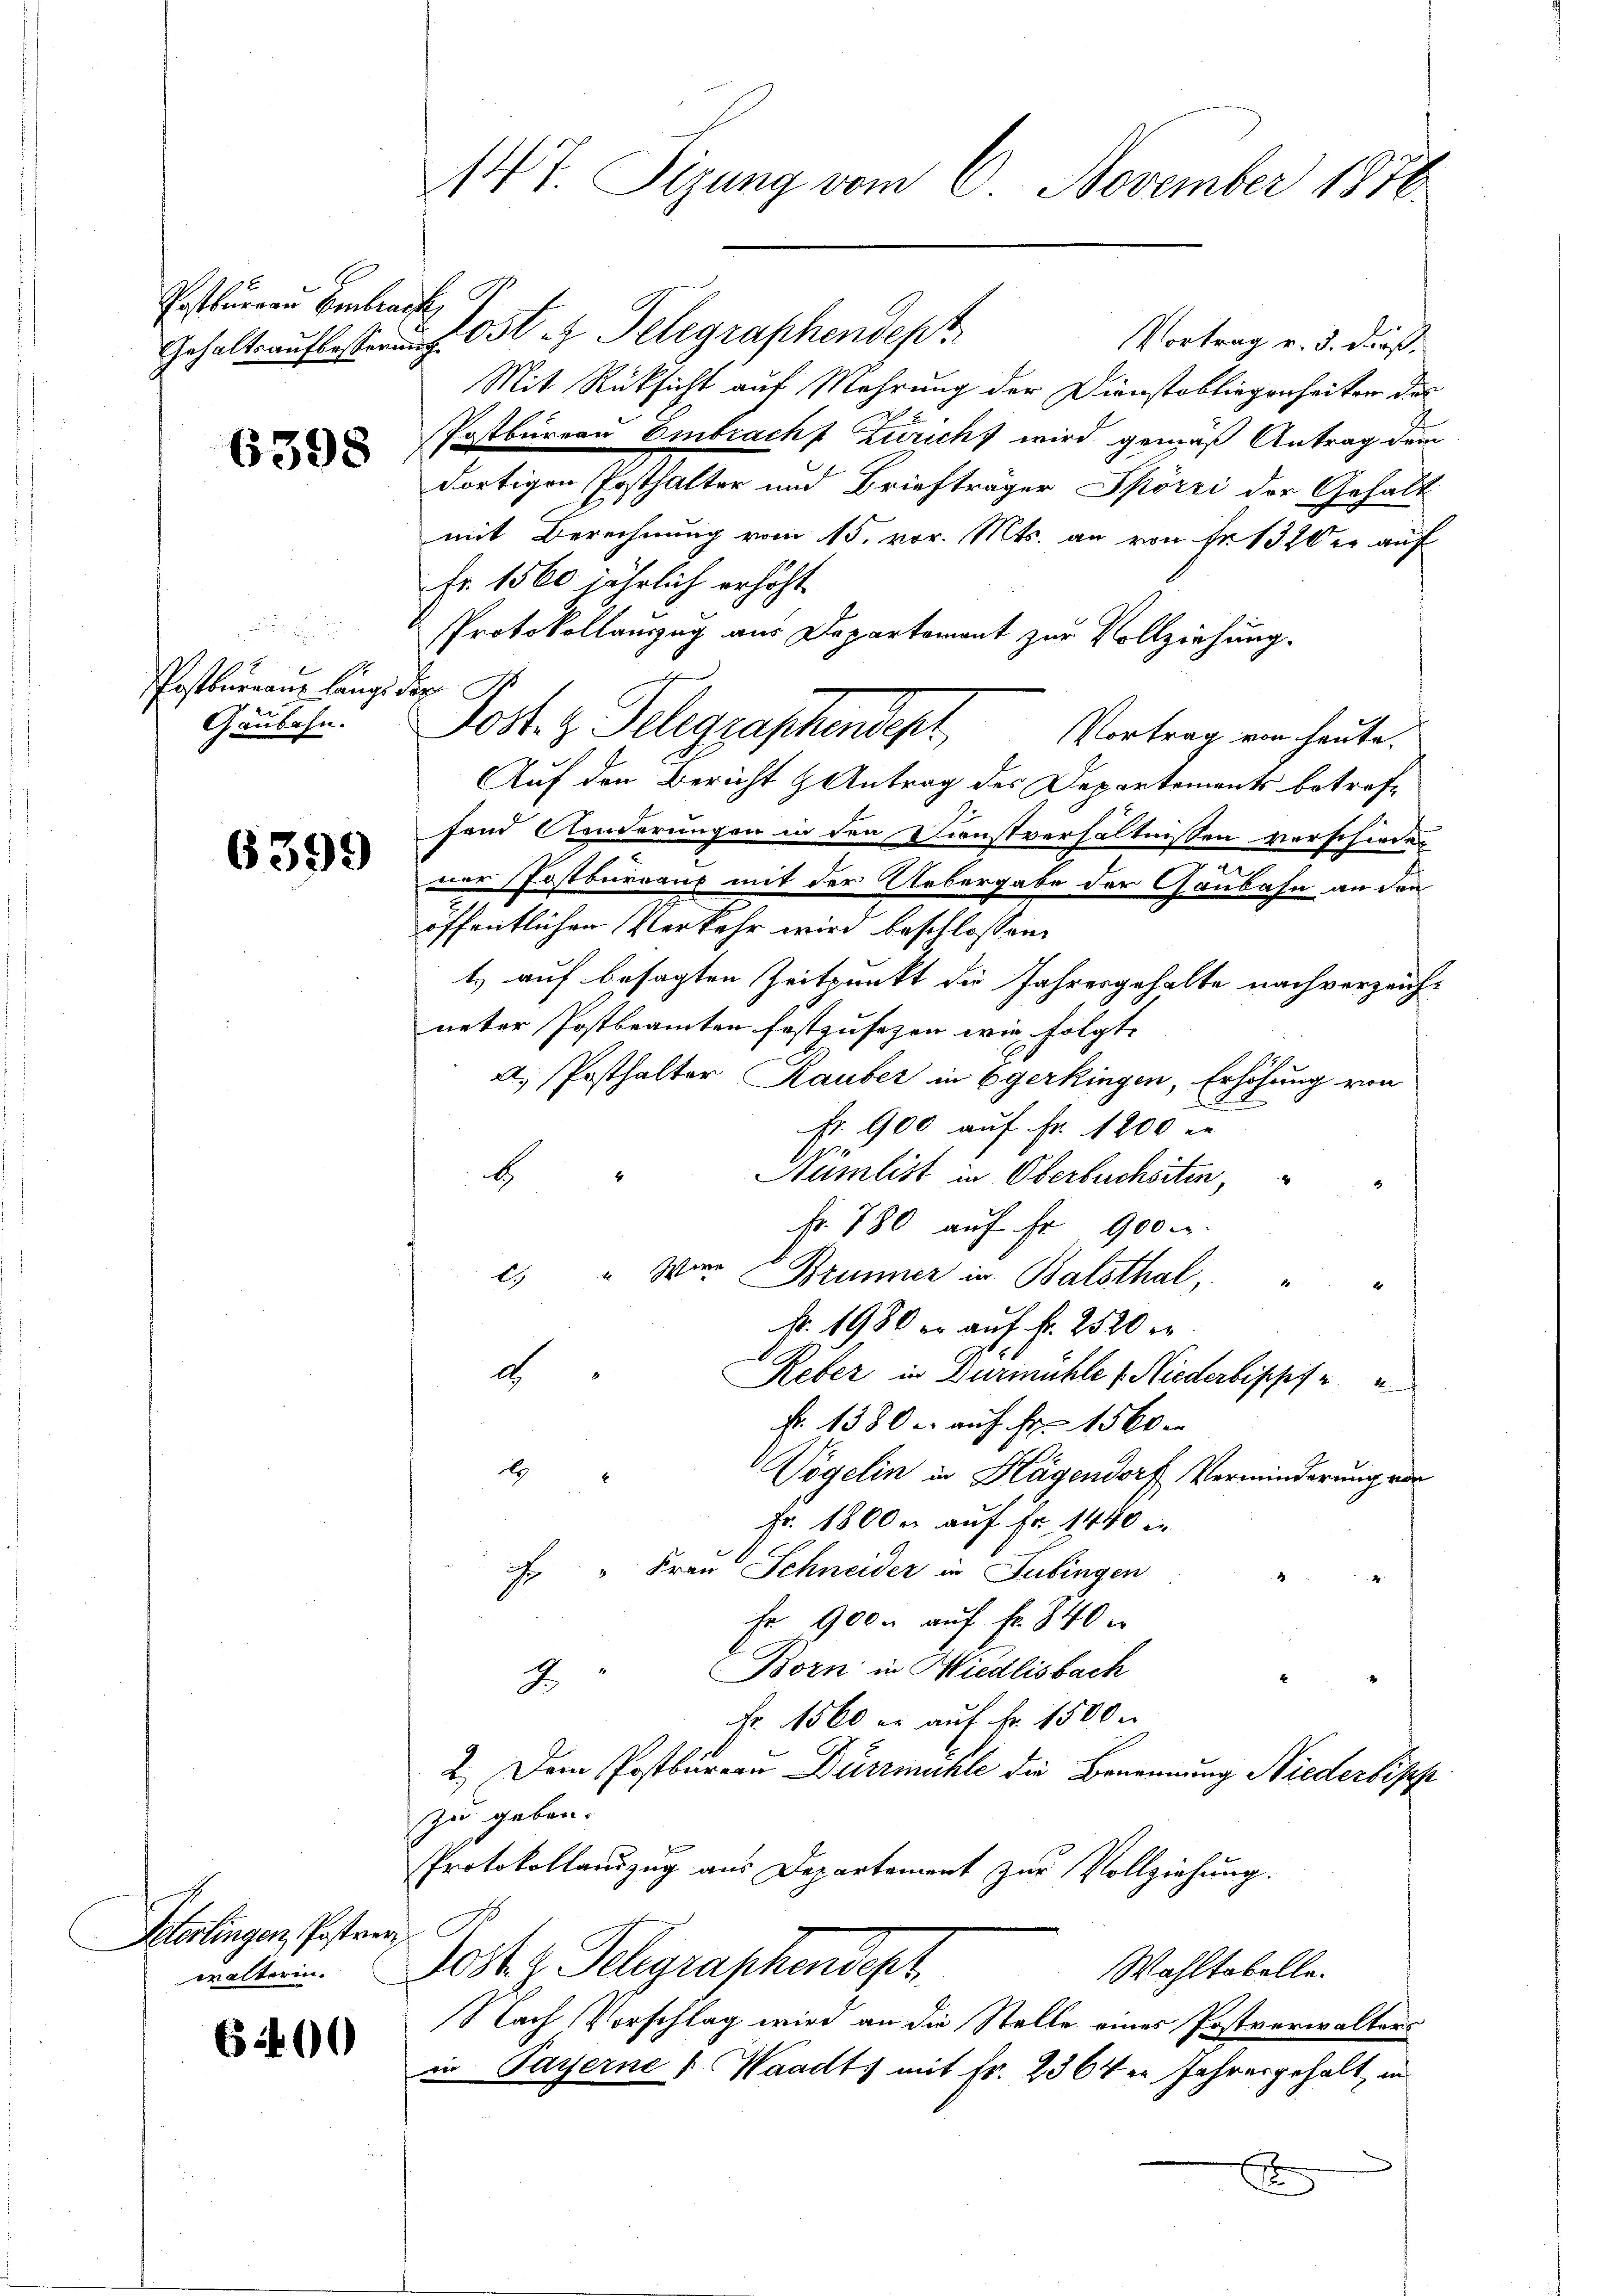
Postbureau Embracht

6398

Postbureau länge¬
Gaubahn.

6399

Interlingen, Posten
walterin.

6400

147 Sizung vom 6. November 1876.

Gehaltsaufbesserung Oster Telegraphendep
Vortrag v. 3. dieß.
Mit Rüksicht auf Mehrung der Dienstobliegenheiten des
Postbureau Embracht Züricht wird gemäß Antrag dem
dortigen Posthalter und Briefträger Spörri der Gehalt
mit Berechnung vom 15. vor. Mts. an von Fr. 1320 er auf
Fr. 1560 jährlich erhöht.
Protokollanzzug aus Departement zur Vollziehung.
h
Post. z. Telegraphendet, Vertrag von heute.
Auf den Bericht & Antrag des Departements betreffand Aenderungen in den Kunstverhältnissen verschieden
zu
ner Postbureaus mit der Uebergabe der Gaubahn an den
öffentlichen Verkehr wird beschlossen:
t auf besagten Zeitpunkt die Jahresgehalte nachverzeich-
neter Postbeamten festzusehen wie folgte
A. Posthalter Rauber in Egerkingen, Erhöhung von
fr. 900 auf Fr. 1200 e
Nümlist in Oberbuchsten,
b
fr. 780 auf Fr. 900.
c. " War Brunner in Balsthal,
Nr. 1980 er auf fr. 2520 er
d
Reber in Durmühle Niederbippf
Fr. 1380 u. auf Fr. 1560
d
Vögelin in Hagendorf Verminderung vor
Fr. 1800 n auf Fr. 1440 in
E " Frau Schneider in Jubingen
4
fr 900. auf fr. 340
Born in Wiedlisbach
.
9
Fr. 1560 er auf Fr. 1500
2.) Dem Postbureau Dürrmühle die Benennung Niederbisch
zu geben.
Protokollauszug aus Departement zur Vollziehung.
Jost z. Telegraphendest
Wahltabelle.
Nach Vorschlag wird an die Stelle eines Postverwalters
in Payerne Waadts mit Fr. 2364 in Jahresgehalt, in
x